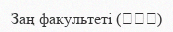
Заң факультеті (法学部)